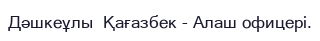
Дәшкеұлы  Қағазбек - Алаш офицері.